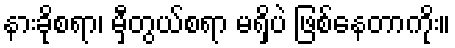
နားခိုစရာ၊ မှီတွယ်စရာ မရှိပဲ ဖြစ်နေတာကိုး။